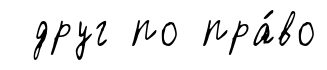
друг по пра́во